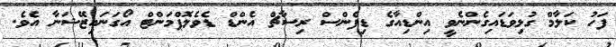
ފަހު ކަލާމް ގުޅިވަޑައިގެންނެވީ އިންޑިއާގެ ޑިފެންސް ރިސާޗް އެންޑް ޑެވެލޮޕްމަންޓް އޯގަނައިޒޭޝަނާ އެވެ.